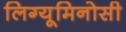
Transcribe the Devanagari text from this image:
लिग्यूमिनोसी